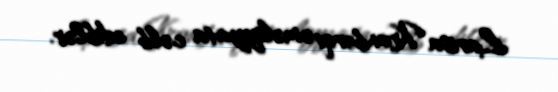
Larisa Kronberqi əməliyyata cəlb ediblər.